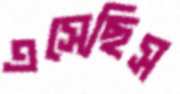
এসেছিস